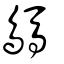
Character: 鷌